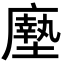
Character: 𫸃